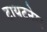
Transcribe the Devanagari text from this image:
टायटनेस